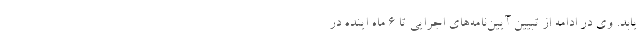
یابد. وی در ادامه از تبیین آیین‌نامه‌های اجرایی تا ۶ ماه اینده در